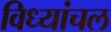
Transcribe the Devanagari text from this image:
विध्यांचल